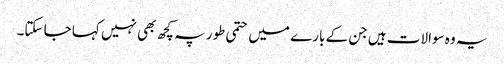
یہ وہ سوالات ہیں جن کے بارے میں حتمی طور پہ کچھ بھی نہیں کہا جا سکتا۔